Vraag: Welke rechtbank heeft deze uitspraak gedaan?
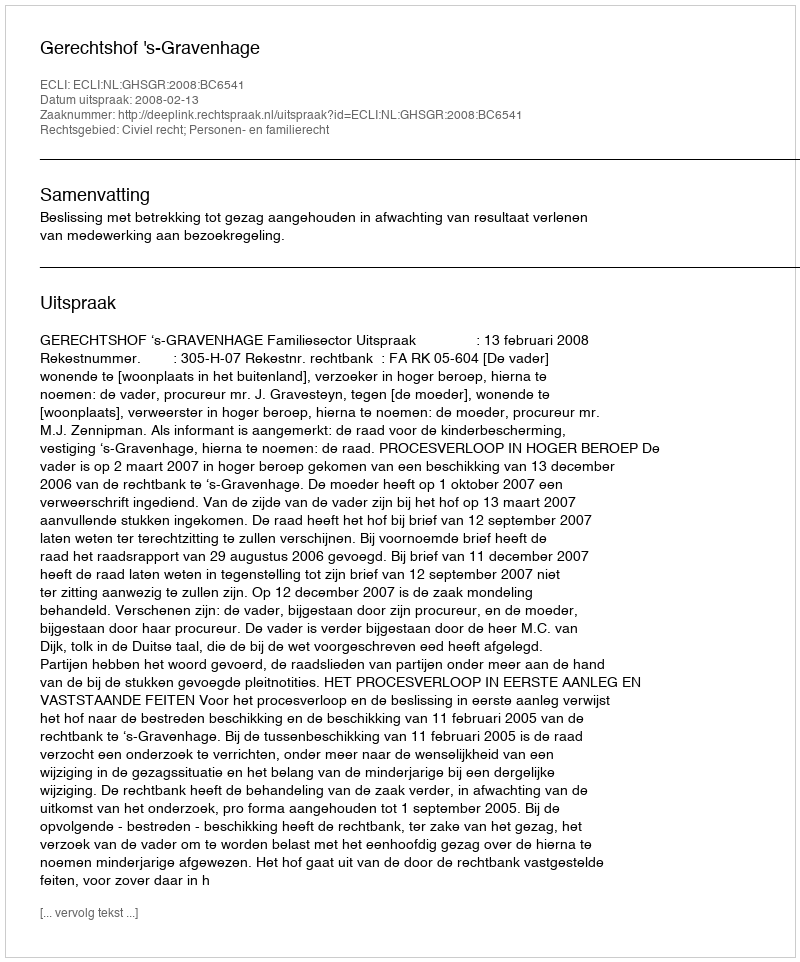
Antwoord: Gerechtshof 's-Gravenhage